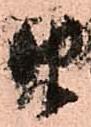
由